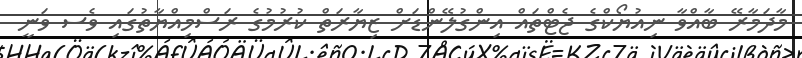
މާދަމާރޭ ބާއްވާ ނިއުޔޯކްގެ ޖެޓްތައް އިންގުލޭންޑަށް ޒިޔާރަތް ކުރުމުގެ ރަސްމިއްޔާތުގައި ވެސ ވަނީ